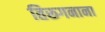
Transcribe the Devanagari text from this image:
तिरूगनाना